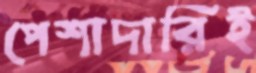
পেশাদারিই